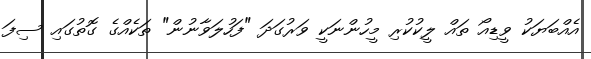
އެއްބަޔަކު ވީޑިއޯ ތައް ލީކުކުރި މީހުންނަކީ ވަރުގަދަ "ފަހުލަވާނުން" ތަކެއްގެ ގޮތުގައި ސިފަ